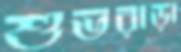
শুভরাড়া